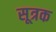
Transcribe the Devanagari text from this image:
सूत्रक